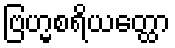
ဗြဟ္မစရိယတ္ထော